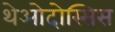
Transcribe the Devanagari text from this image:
थेओदोस्सिस